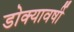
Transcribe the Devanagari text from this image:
डोक्यावर्षी